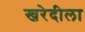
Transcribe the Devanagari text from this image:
खरेदीला